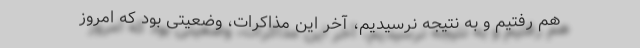
هم رفتیم و به نتیجه نرسیدیم، آخر این مذاکرات، وضعیتی بود که امروز